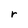
Character: r